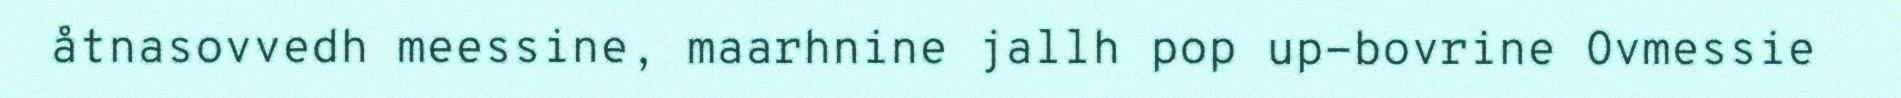
åtnasovvedh meessine, maarhnine jallh pop up-bovrine Ovmessie